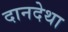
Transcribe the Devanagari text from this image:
दानदेथा